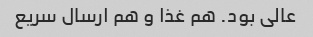
عالی بود. هم غذا و هم ارسال سریع